Indian journal of veterinary science and animal husbandry - Volumes 15-17, 1948-1951
Year: 1948
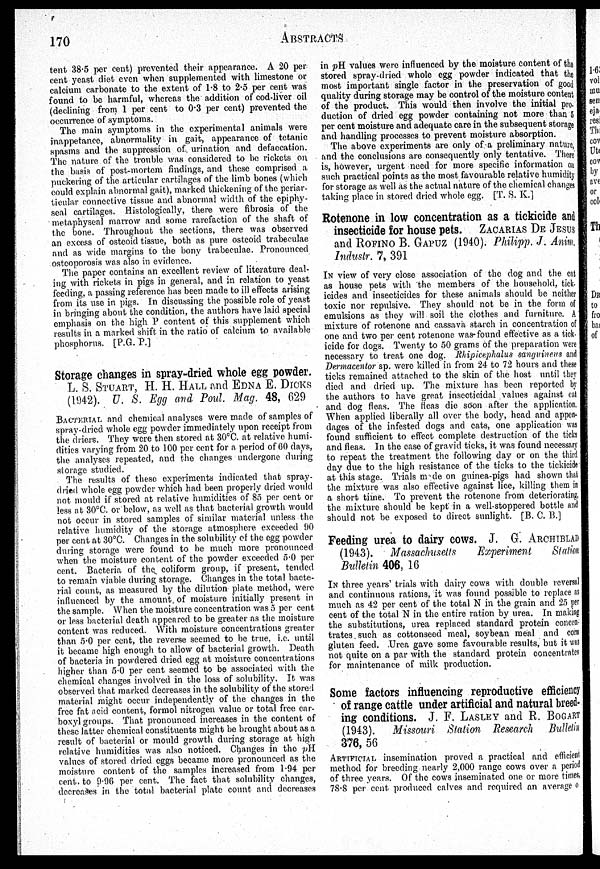
170
ABSTRACTS
tent 38.5 per cent) prevented their appearance. A 20 per
cent yeast diet even when supplemented with limestone or
calcium carbonate to the extent of 1.8 to 2.5 per cent was
found to be harmful, whereas the addition of cod-liver oil
(declining from 1 per cent to 0.3 per cent) prevented the
occurrence of symptoms.
The main symptoms in the experimental animals were
inappetance, abnormality in gait, appearance of tetanic
spasms and the suppression of urination and defaecation.
The nature of the trouble was considered to be rickets on
the basis of post-mortem findings, and these comprised a
puckering of the articular cartilages of the limb bones (which
could explain abnormal gait), marked thickening of the periar-
ticular connective tissue and abnormal width of the epiphy-
seal cartilages. Histologically, there were fibrosis of the
metaphyseal marrow and some rarefaction of the shaft of
the bone. Throughout the sections, there was observed
an excess of osteoid tissue, both as pure osteoid trabeculae
and as wide margins to the bony trabeculae. Pronounced
osteoporosis was also in evidence.
The paper contains an excellent review of literature deal-
ing with rickets in pigs in general, and in relation to yeast
feeding, a passing reference has been made to ill effects arising
from its use in pigs. In discussing the possible role of yeast
in bringing about the condition, the authors have laid special
emphasis on the high P content of this supplement which
results in a marked shift in the ratio of calcium to available
phosphorus. [P.G. P.]
Storage changes in spray-dried whole egg powder.
L. S. STUART, H. H. HALL and EDNA E. DICKS
(1942). U. S. Egg and Paul. Mag. 48, 629
BACTERIAL and chemical analyses were made of samples of
spray-dried whole egg powder immediately upon receipt from
the driers. They were then stored at 30ºC. at relative humi-
dities varying from 20 to 100 per cent for a period of 60 days,
the analyses repeated, and the changes undergone during
storage studied.
The results of these experiments indicated that spray-
dried whole egg powder which had been properly dried would
not mould if stored at relative humidities of 85 per cent or
less at 30ºC. or below, as well as that bacterial growth would
not occur in stored samples of similar material unless the
relative humidity of the storage atmosphere exceeded 90
per cent at 30ºC. Changes in the solubility of the egg powder
during storage were found to be much more pronounced
when the moisture content of the powder exceeded 5.0 per
cent. Bacteria of the coliform group, if present, tended
to remain viable during storage. Changes in the total bacte-
rial count, as measured by the dilution plate method, were
influenced by the amount of moisture initially present in
the sample. When the moisture concentration was 5 per cent
or less bacterial death appeared to be greater as the moisture
content was reduced. With moisture concentrations greater
than 5.0 per cent, the reverse seemed to be true. i.e. until
it became high enough to allow of bacterial growth. Death
of bacteria in powdered dried egg at moisture concentrations
higher than 5.0 per cent seemed to be associated with the
chemical changes involved in the loss of solubility. It was
observed that marked decreases in the solubility of the stored
material might occur independently of the changes in the
free fat acid content, formol nitrogen value or total free car-
boxyl groups. That pronounced increases in the content of
these latter chemical constituents might be brought about as a
result of bacterial or mould growth during storage at high
relative humidities was also noticed. Changes in the pH
values of stored dried eggs became more pronounced as the
moisture content of the samples increased from 1.94 per
cent to 9.96 per cent. The fact that solubility changes,
decreases in the total bacterial plate count and decreases
in pH values were influenced by the moisture content of the
stored spray-dried whole egg powder indicated that the
most important single factor in the preservation of good
quality during storage may be control of the moisture content
of the product. This would then involve the initial pro.
duction of dried egg powder containing not more than 5
per cent moisture and adequate care in the subsequent storage
and handling processes to prevent moisture absorption.
The above experiments are only of a preliminary nature,
and the conclusions are consequently only tentative. There
is, however, urgent need for more specific information on
such practical points as the most favourable relative humidity
for storage as well as the actual nature of the chemical changes
taking place in stored dried whole egg. [T. S. K.]
Rotenone in low concentration as a tickicide and
insecticide for house pets. ZACARIAS DE JESUS
and ROFINO B. GAPUZ (1940). Philipp. J. Anim,
Industr. 7, 391
IN view of very close association of the dog and the cat
as house pets with the members of the household, tick-
icides and insecticides for these animals should be neither
toxic nor repulsive. They should not be in the form of
emulsions as they will soil the clothes and furniture. A
mixture of rotenone and cassava starch in concentration of
one and two per cent rotenone was found effective as a tick-
icide for dogs. Twenty to 50 grams of the preparation were
necessary to treat one dog. Rhipicephalus sanguineus and
Dermacentor sp. were killed in from 24 to 72 hours and these
ticks remained attached to the skin of the host until they
died and dried up. The mixture has been reported by
the authors to have great insecticidal values against cat
and dog fleas. The fleas die soon after the application,
When applied liberally all over the body, head and appen-
dages of the infested dogs and cats, one application was
found sufficient to effect complete destruction of the ticks
and fleas. In the case of gravid ticks, it was found necessary
to repeat the treatment the following day or on the third
day due to the high resistance of the ticks to the tickicide
at this stage. Trials made on guinea-pigs had shown that
the mixture was also effective against lice, killing them in
a short time. To prevent the rotenone from deteriorating,
the mixture should be kept in a well-stoppered bottle and
should not be exposed to direct sunlight. [B. C. B.]
Feeding urea to dairy cows. J. G. ARCHIBLAD
(1943). Massachusetts
Experiment Station
Bulletin 406, 16
IN three years' trials with dairy cows with double reversal
and continuous rations, it was found possible to replace as
much as 42 per cent of the total N in the grain and 25 per
cent of the total N in the entire ration by urea. In making
the substitutions, urea replaced standard protein concen-
trates such as cottonseed meal, soybean meal and corn
gluten feed. Urea gave some favourable results, but it was
not quite on a par with the standard protein concentrates
for maintenance of milk production.
Some factors influencing reproductive efficiency
of range cattle under artificial and natural breed-
ing conditions. J. F. LASLEY and R. BOGART
(1943). Missouri Station Research Bulletin
376, 56
ARTIFICIAL insemination proved a practical and efficient
method for breeding nearly 2,000 range cows over a period
of three years. Of the cows inseminated one or more times,
78.8 per cent produced calves and required an average 0